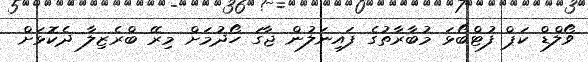
ވޯލްޑް ކަޕް ފުޓްބޯޅަ މުބާރާތުގެ ފައިނަލުން ޖާގަ ހޯދުމަށް މިރޭ ބްރެޒިލާ ދެކޮޅަށް